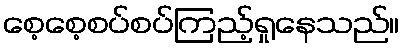
စေ့စေ့စပ်စပ်ကြည့်ရှုနေသည်။